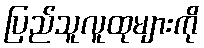
ပြည်သူလူထုများကို